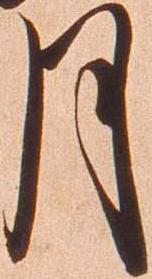
月